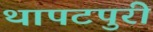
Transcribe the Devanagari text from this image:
थापटपुरी